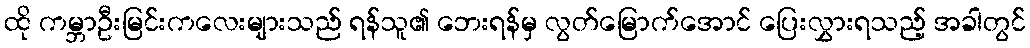
ထို ကမ္ဘာဦးမြင်းကလေးများသည် ရန်သူ၏ ဘေးရန်မှ လွတ်မြောက်အောင် ပြေးလွှားရသည့် အခါတွင်